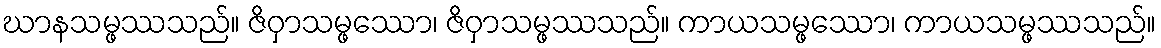
ဃာနသမ္ဖဿသည်။ ဇိဝှာသမ္ဖဿော၊ ဇိဝှာသမ္ဖဿသည်။ ကာယသမ္ဖဿော၊ ကာယသမ္ဖဿသည်။